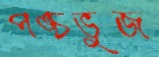
পঙ্চভুজ